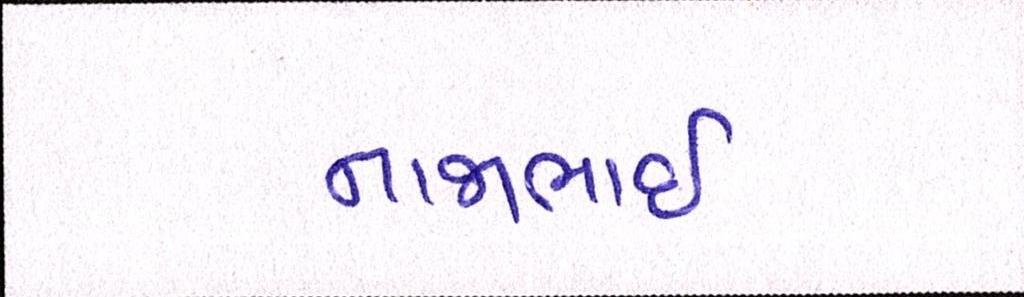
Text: નાજાભાઇ